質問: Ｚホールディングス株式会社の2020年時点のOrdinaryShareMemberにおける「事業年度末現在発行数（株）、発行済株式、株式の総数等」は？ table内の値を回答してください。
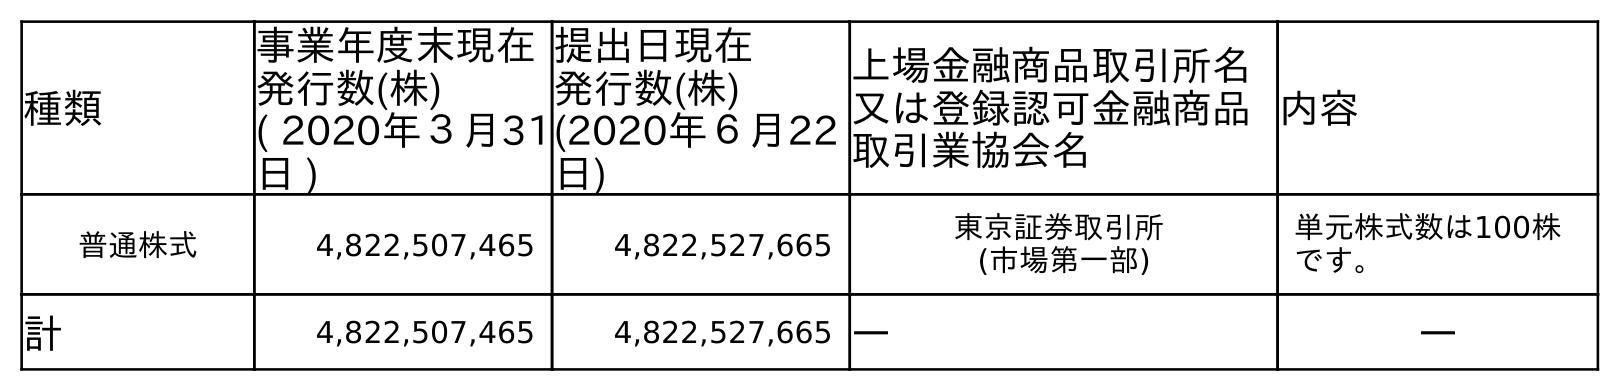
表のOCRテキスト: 種類 事業年度末現在 発行数(株) ( 2020年３月31 日 ) 提出日現在 発行数(株) (2020年６月22 日) 上場金融商品取引所名 又は登録認可金融商品 取引業協会名 内容 普通株式 4,822,507,465 4,822,527,665 東京証券取引所 (市場第一部) 単元株式数は100株 です。 計 4,822,507,465 4,822,527,665 ― ―
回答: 4,822,507,465